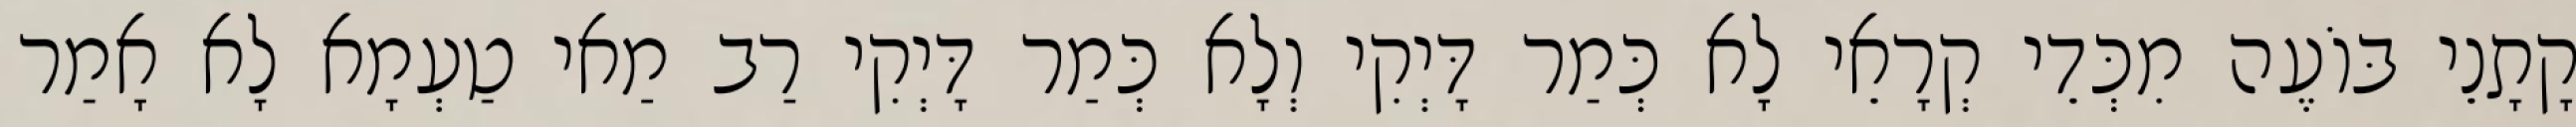
קָתָנֵי בּוֹעֶה מִכְּדֵי קְרָאֵי לָא כְּמַר דָּיְקִי וְלָא כְּמַר דָּיְקִי רַב מַאי טַעְמָא לָא אָמַר